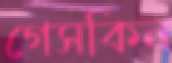
গেসকিন